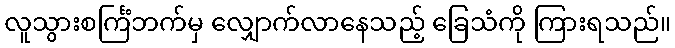
လူသွားစင်္ကြံဘက်မှ လျှောက်လာနေသည့် ခြေသံကို ကြားရသည်။